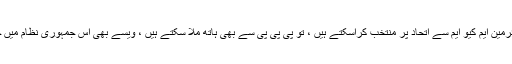
اور اپنا ضلعی نائب چیئرمین ایم کیو ایم سے اتحاد پر منتخب کراسکتے ہیں ، تو پی پی پی سے بھی ہاتھ ملا سکتے ہیں ، ویسے بھی اس جمہوری نظام میں حرف آخر تو ہوتا نہیں ۔